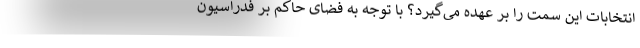
انتخابات این سمت را بر عهده می‌گیرد؟ با توجه به فضای حاکم بر فدراسیون